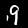
Label: 9